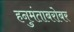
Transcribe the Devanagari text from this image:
हनुमंताबरोबर